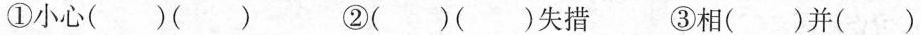
①小心()() ②()()失措 ③相()并()